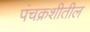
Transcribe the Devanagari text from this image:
पंचक्रशीतील